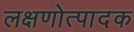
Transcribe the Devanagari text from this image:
लक्षणोत्पादक